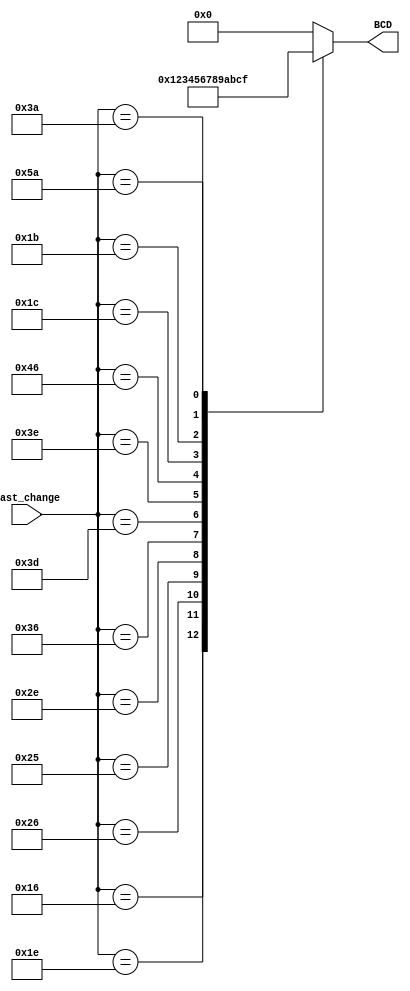
`timescale 1ns / 1ps
//////////////////////////////////////////////////////////////////////////////////
// Company: 
// Engineer: 
// 
// Design Name: 
// Module Name: Hexa_deci
// Project Name: 
// Target Devices: 
// Tool Versions: 
// Description: 
// 
// Dependencies: 
// 
// Revision:
// Revision 0.01 - File Created
// Additional Comments:
// 
//////////////////////////////////////////////////////////////////////////////////


module Hexa_deci(
    input [8:0] last_change,
    output reg [3:0] BCD
    );
    
    
     always@*
       begin
           case(last_change)
               8'H16 : BCD = 4'd1;
               8'H1E : BCD = 4'd2;
               8'H26 : BCD = 4'd3;
               8'H25 : BCD = 4'd4;
               8'H2E : BCD = 4'd5;
               8'H36 : BCD = 4'd6;
               8'H3D : BCD = 4'd7;
               8'H3E : BCD = 4'd8;
               8'H46 : BCD = 4'd9;
               8'H45 : BCD = 4'd0;
               8'H1C : BCD = 4'd10;
               8'H1B : BCD = 4'd11;
               8'H3A : BCD = 4'd12;
               8'H5A : BCD = 4'd15;
               default
               BCD = 4'd0;
            endcase
        end
endmodule